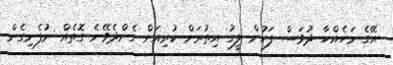
އޭގެ މަހެއްހާ ދުވަސް ފަހުން ލީގު އިތުރަށް ކުރިއަށް ގެންދެވޭނެ ގޮތެއް ނުފެނިގެން